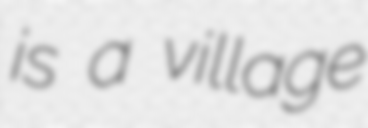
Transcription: is a village